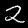
Label: 2